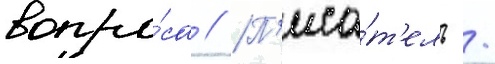
вопро́са // П'иса́т'ель /